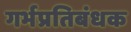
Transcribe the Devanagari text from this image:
गर्भप्रतिबंधक